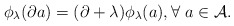
\begin{align*}\phi_{\lambda}(\partial a)= (\partial+ \lambda)\phi_{\lambda}(a), \forall \ a\in\mathcal{A}.\end{align*}